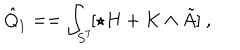
\hat { Q } _ { 1 } = = \int _ { S ^ { 7 } } \! [ \star H + K \wedge \tilde { A } ] \ ,